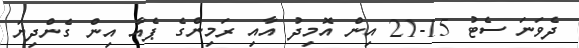
ދެވަނަ ސެޓު 15-21 އިން އޮމިދު އާއި ރަމިންގެ ޕެއާ އިން ގެންދިޔަ